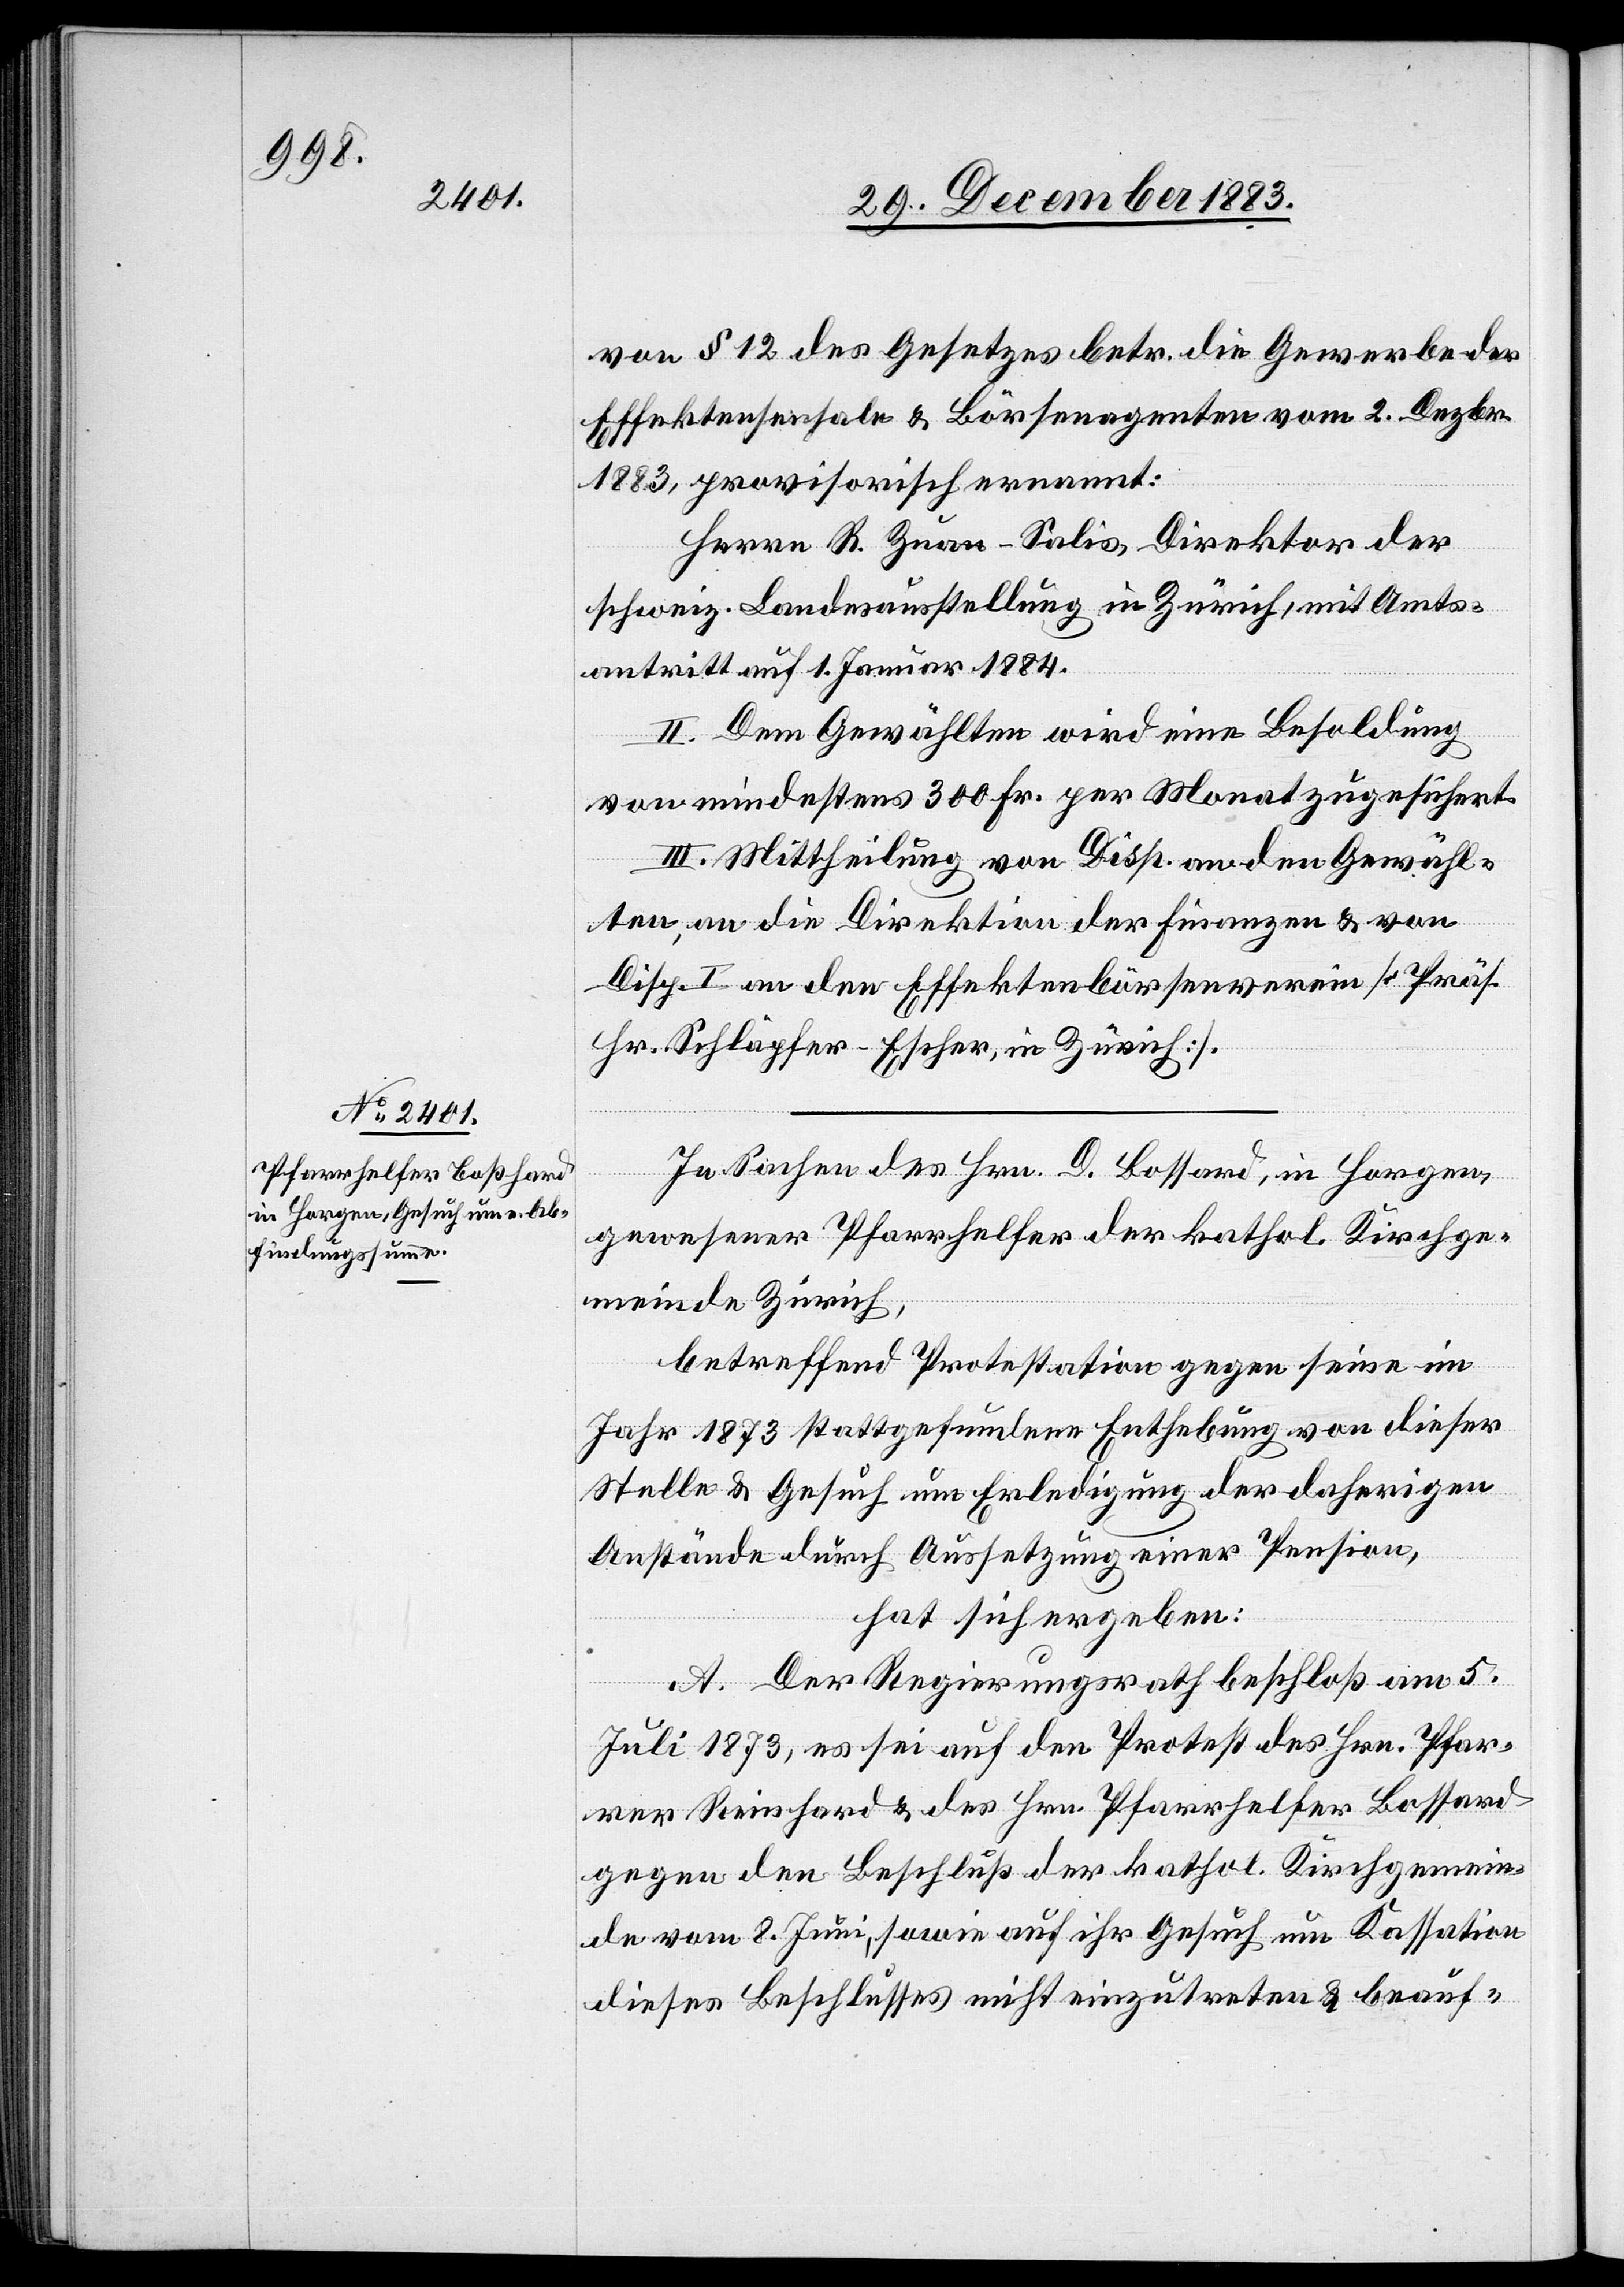
von § 12 des Gesetzes betr. die Gewerbe der
Effektensensale & Börsenagenten vom 2. Dezbr.
1883, provisorisch ernannt:
Herrn R. Zuan-Salis, Direktor der
schweiz. Landesausstellung in Zürich, mit Amts¬
antritt auf 1. Januar 1884.
II. Dem Gewählten wird eine Besoldung
von mindestens 300 Fr. per Monat zugesichert.
III. Mittheilung von Disp. an den Gewähl¬
ten, an die Direktion der Finanzen & von
Disp. I an den Effektenbörsenverein [Präs.
Hr. Schläpfer-Escher, in Zürich].
In Sachen des Hrn. D. Bossard [sic!], in Horgen,
gewesener Pfarrhelfer der kathol. Kirchge¬
meinde Zürich,
betreffend Protestation gegen seine im
Jahr 1873 stattgefundene Enthebung von dieser
Stelle & Gesuch um Erledigung der daherigen
Anstände durch Aussetzung einer Pension,
hat sich ergeben:
A. Der Regierungsrath beschloß am 5.
Juli 1873, es sei auf den Protest des Hrn. Pfar¬
rer Reinhard & des Hrn. Pfarrhelfer Bossard
gegen den Beschluß der kathol. Kirchgemein¬
de vom 8. Juni, sowie auf ihr Gesuch um Kassation
dieses Beschlusses nicht einzutreten & beauf-